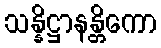
သန္နိဋ္ဌာနန္တိကော